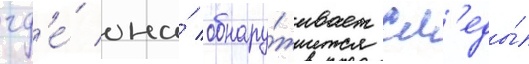
гд'е́ она́ обнару́живает сл'еды́